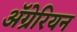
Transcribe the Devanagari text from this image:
ॲग्रेरियन